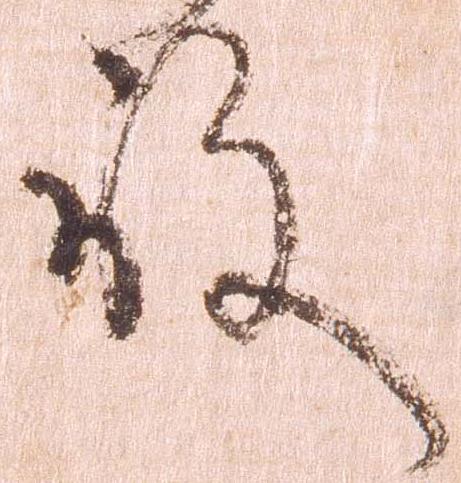
殿